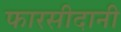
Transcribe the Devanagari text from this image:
फारसीदानी